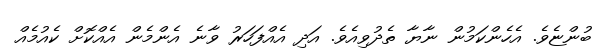
ބުންޏެވެ. އެހެންކަމުން ނާޔާ ތެދުވިއެވެ. އަދި އެއްފަހަރު ވާނެ އެންމެން އެއްކޮށް ކެއުމެއް